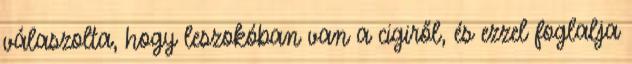
válaszolta, hogy leszokóban van a cigiről, és ezzel foglalja